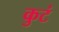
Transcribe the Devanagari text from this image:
कुटं